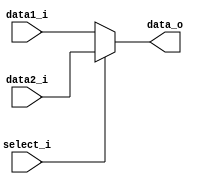
module MUX8
(
	data1_i,
	data2_i,
	select_i,
	data_o
);

input	[7:0]	data1_i, data2_i;
input			select_i;
output	[7:0]	data_o;

assign data_o = (select_i == 1'b0) ? data1_i : data2_i;

endmodule